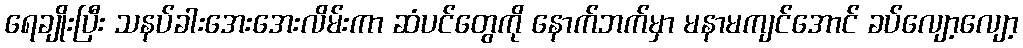
ရေချိုးပြီး သနပ်ခါးအေးအေးလိမ်းကာ ဆံပင်တွေကို နောက်ဘက်မှာ မနာမကျင်အောင် ခပ်လျော့လျော့